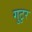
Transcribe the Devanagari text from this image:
गुटुर